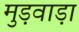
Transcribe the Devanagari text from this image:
मुड़वाड़ा